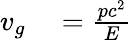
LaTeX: \begin{array}{rl}{v_{g}}&{{}={\frac{pc^{2}}{E}}}\end{array}